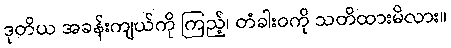
ဒုတိယ အခန်းကျယ်ကို ကြည့်၊ တံခါးဝကို သတိထားမိလား။